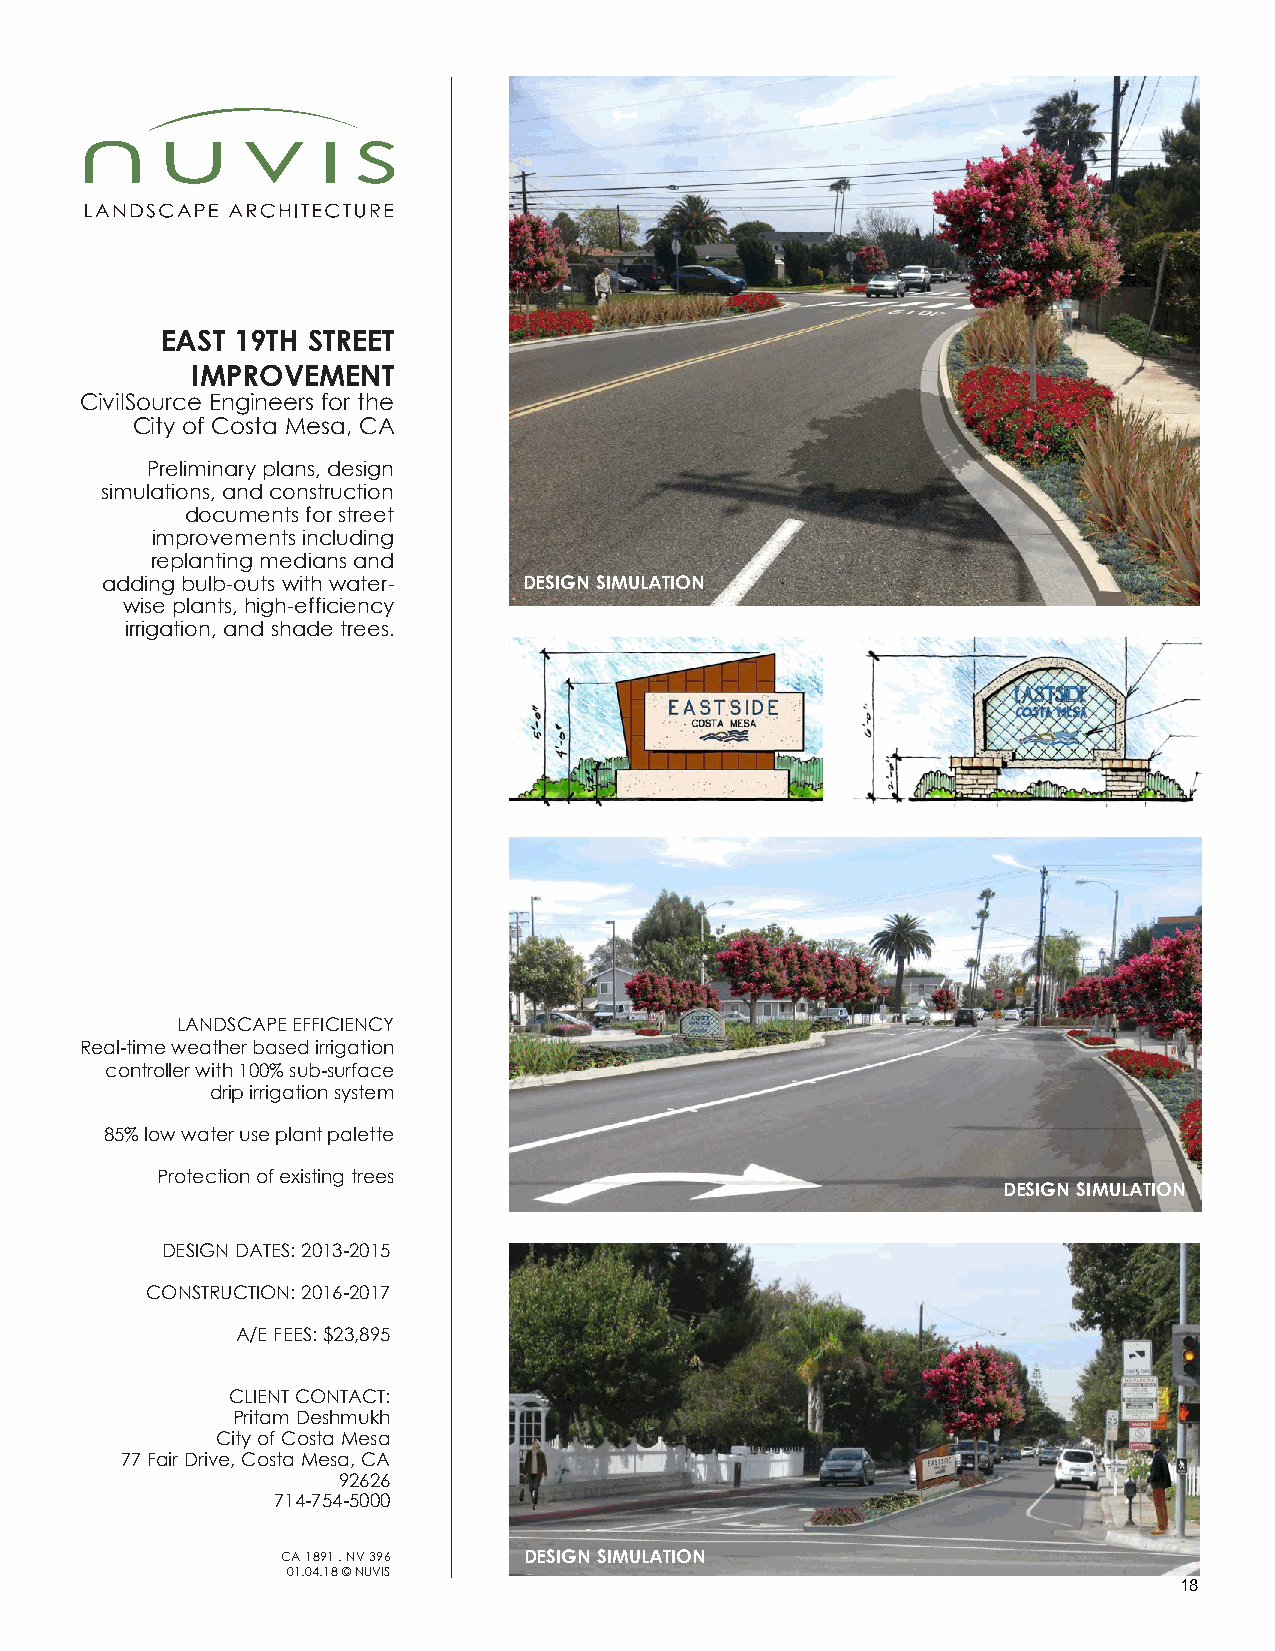
EAST 19TH STREET
 IMPROVEMENT
 CivilSource Engineers for the
 City of Costa Mesa, CA
 Preliminary plans, design
 simulations, and construction
 documents for street
 improvements including
 replanting medians and
 adding bulb-outs with water- DESIGN SIMULATION
 wise plants, high-efficiency
 irrigation, and shade trees.
 LANDSCAPE EFFICIENCY
 Real-time weather based irrigation
 controller with 100% sub-surface
 drip irrigation system
 85% low water use plant palette
 Protection of existing trees
 DESIGN SIMULATION
 DESIGN DATES: 2013-2015
 CONSTRUCTION: 2016-2017
 A/E FEES: $23,895
 CLIENT CONTACT:
 Pritam Deshmukh
 City of Costa Mesa
 77 Fair Drive, Costa Mesa, CA
 92626
 714-754-5000
 CA 1891 . NV 396 DESIGN SIMULATION
 01.04.18 © NUVIS
 18